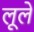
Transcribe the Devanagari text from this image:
लूले